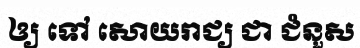
ឲ្យ ទៅ សោយរាជ្យ ជា ជំនួស